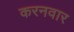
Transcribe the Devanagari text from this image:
करनवार